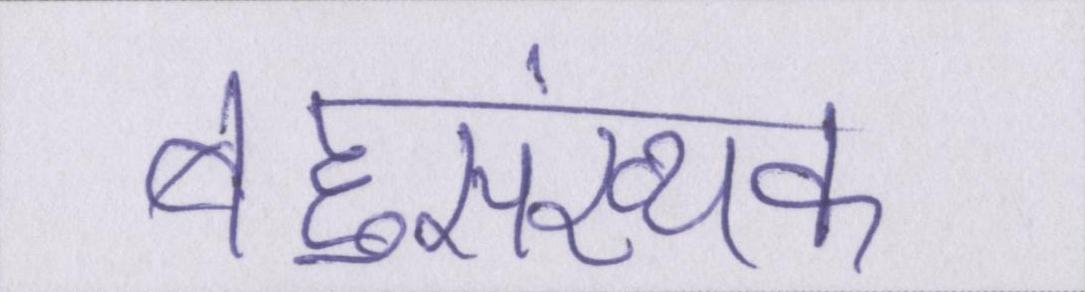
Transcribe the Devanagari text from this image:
बहुसंख्यक